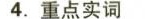
4.重点实词